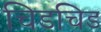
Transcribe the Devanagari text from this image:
चिडचिड